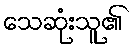
သေဆုံးသူ၏